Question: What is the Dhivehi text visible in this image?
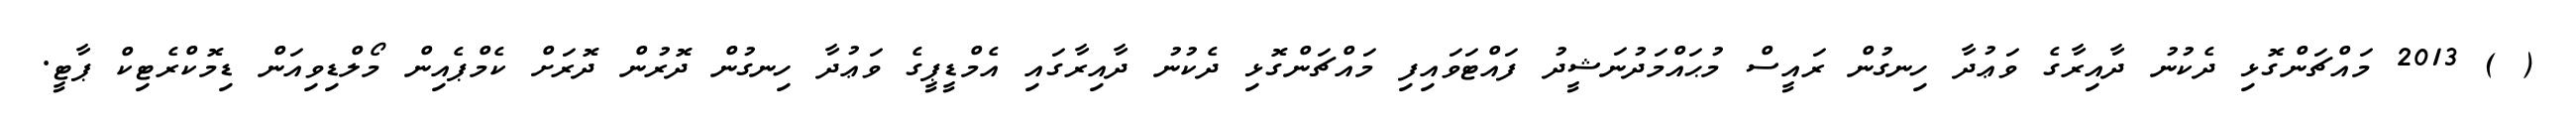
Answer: ( ) 2013 މައްޗަންގޮޅި ދެކުނު ދާއިރާގެ ވަޢުދާ ހިނގުން ރައީސް މުޙައްމަދުނަޝީދު ފައްޓަވައިފި މައްޗަންގޮޅި ދެކުނު ދާއިރާގައި އެމްޑީޕީގެ ވަޢުދާ ހިނގުން ދޮރުން ދޮރަށް ކެމްޕެއިން މޯލްޑިވިއަން ޑިމޮކްރެޓިކް ޕާޓީ.